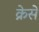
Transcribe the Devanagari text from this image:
क्रेसे